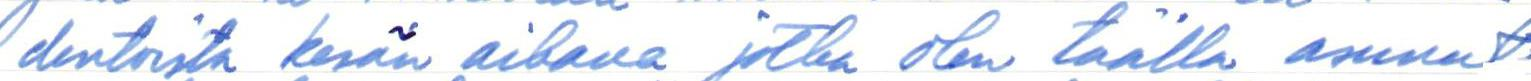
dentoista kesän aikana, jotka olen täällä asunut.